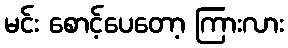
မင်း စောင့်ပေတော့ ကြားလား